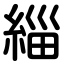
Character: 緇